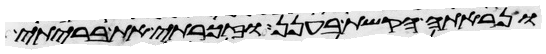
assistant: ונראתה הקשת בענן וזכרתי את בריתי